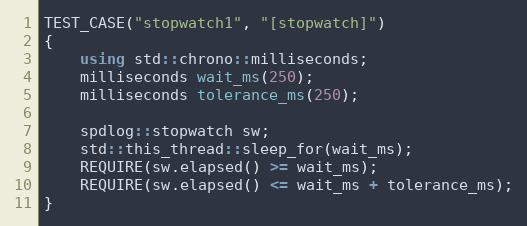
Language: C++
TEST_CASE("stopwatch1", "[stopwatch]")
{
    using std::chrono::milliseconds;
    milliseconds wait_ms(250);
    milliseconds tolerance_ms(250);

    spdlog::stopwatch sw;
    std::this_thread::sleep_for(wait_ms);
    REQUIRE(sw.elapsed() >= wait_ms);
    REQUIRE(sw.elapsed() <= wait_ms + tolerance_ms);
}